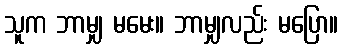
သူက ဘာမျှ မမေး။ ဘာမျှလည်း မပြော။